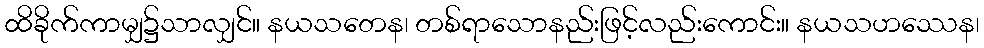
ထိခိုက်ကာမျှ၌သာလျှင်။ နယသတေန၊ တစ်ရာသောနည်းဖြင့်လည်းကောင်း။ နယသဟဿေန၊